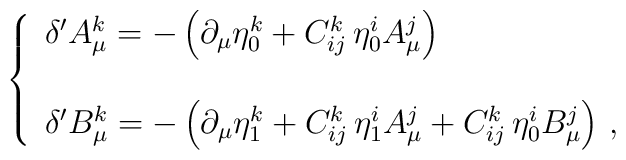
\left\{\begin{array}{l}\delta' A^{k}_{\mu} = -\left( \partial_{\mu}\eta^{k}_{0} +                           C^{k}_{ij}\, \eta^{i}_{0}A^{j}_{\mu} \right) \\                                                                        \\\delta' B^{k}_{\mu} = -\left( \partial_{\mu}\eta^{k}_{1} +                   C^{k}_{ij}\,  \eta^{i}_{1}A^{j}_{\mu} +                        C^{k}_{ij}\,  \eta^{i}_{0}B^{j}_{\mu} \right)\, , \\\end{array}\right.